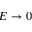
E \rightarrow 0